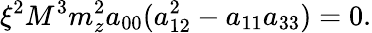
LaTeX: \xi^{2}M^{3}m_{z}^{2}a_{00}(a_{12}^{2}-a_{11}a_{33})=0.